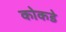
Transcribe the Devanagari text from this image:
कोकडे